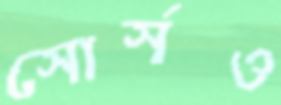
সোর্সও